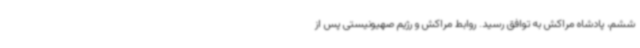
ششم، پادشاه مراکش به توافق رسید. روابط مراکش و رژیم صهیونیستی پس از